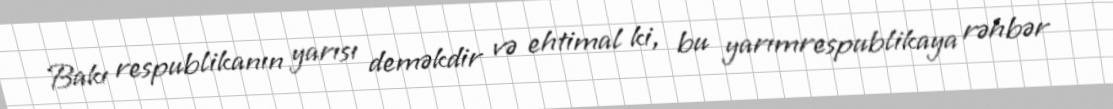
Bakı respublikanın yarısı deməkdir və ehtimal ki, bu yarımrespublikaya rəhbər